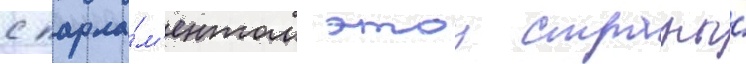
с парла́м'ентом этои страны́